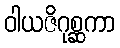
ဝါယဇိဂုစ္ဆကာ